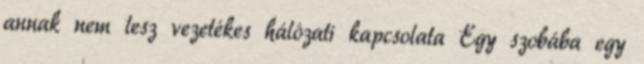
annak nem lesz vezetékes hálózati kapcsolata Egy szobába egy